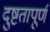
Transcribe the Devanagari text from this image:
दुष्टतापूर्ण